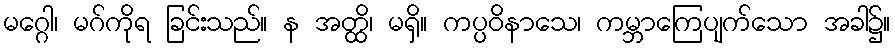
မဂ္ဂေါ၊ မဂ်ကိုရ ခြင်းသည်။ န အတ္ထိ၊ မရှိ။ ကပ္ပဝိနာသေ၊ ကမ္ဘာကြေပျက်သော အခါ၌။